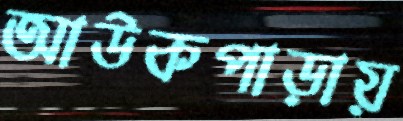
আউকপাড়ায়